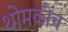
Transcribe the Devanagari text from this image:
थोमकोच